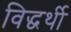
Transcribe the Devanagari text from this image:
विद्धर्थी